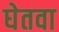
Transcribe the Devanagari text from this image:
घेतवा